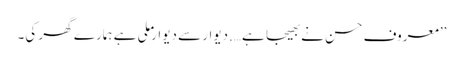
’’معروف حسن نے بھیجا ہے….دیوار سے دیوار ملی ہے ہمارے گھر کی۔